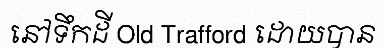
នៅទឹកដី Old Trafford ដោយបាន